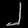
Digit: ၂